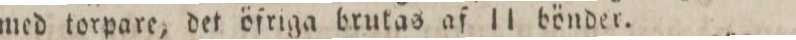
med torpare, det öfriga brukas af 11 bönder.